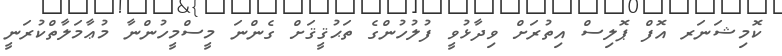
ކޮމިޝަނަރ އޮފް ޕޮލިސް އިތުރަށް ވިދާޅުވީ ފުލުހުންގެ ތަޙުޤީޤަށް ގެންނަ މީސްމީހުންނާ މުޢާމަލާތްކުރަނީ